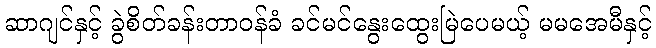
ဆာဂျင်နှင့် ခွဲစိတ်ခန်းတာဝန်ခံ ခင်မင်နွေးထွေးမြဲပေမယ့် မမအေမီနှင့်